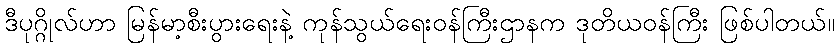
ဒီပုဂ္ဂိုလ်ဟာ မြန်မာ့စီးပွားရေးနဲ့ ကုန်သွယ်ရေးဝန်ကြီးဌာနက ဒုတိယဝန်ကြီး ဖြစ်ပါတယ်။